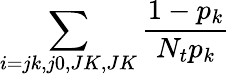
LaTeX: \sum_{i=jk,j0,JK,JK}{\frac{1-p_{k}}{N_{t}p_{k}}}